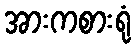
အားကစားရုံ